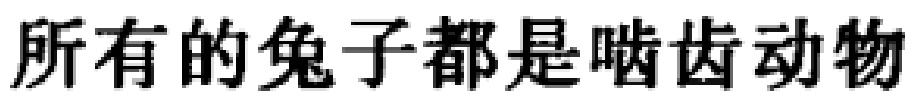
所有的兔子都是啮齿动物